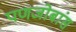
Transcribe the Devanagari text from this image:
पणजोबांस